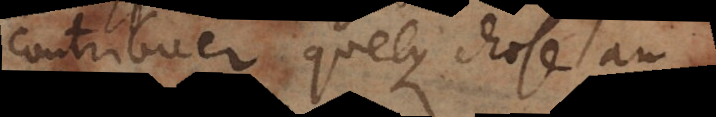
contribuer quelque chose au